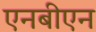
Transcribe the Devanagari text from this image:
एनबीएन